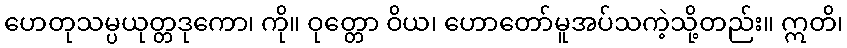
ဟေတုသမ္ပယုတ္တဒုကော၊ ကို။ ဝုတ္တော ဝိယ၊ ဟောတော်မူအပ်သကဲ့သို့တည်း။ ဣတိ၊